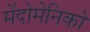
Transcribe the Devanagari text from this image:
मेंदोमेनिको